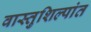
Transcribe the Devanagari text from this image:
वास्तुशिल्पांत